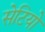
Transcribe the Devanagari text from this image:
सेटियो